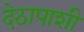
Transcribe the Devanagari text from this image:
देठापाशी